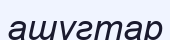
ашугтар